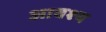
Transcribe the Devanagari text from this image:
आवश्‍य